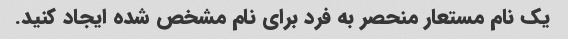
یک نام مستعار منحصر به فرد برای نام مشخص شده ایجاد کنید.